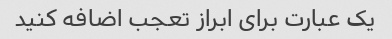
یک عبارت برای ابراز تعجب اضافه کنید